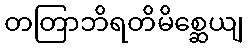
တတြာဘိရတိမိစ္ဆေယျ